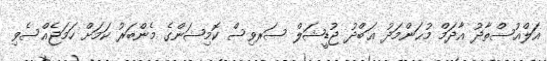
އަލްއުސްތާޛު އާދަމް މުޙަންމަދު ޢަބްދު ޖުޑީޝަލް ސަރވިސް ކޮމިޝަންގެ މެންބަރު ކަމަށް ހަމަޖެއްސެވި